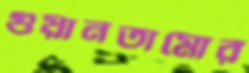
গুয়ানতামোর